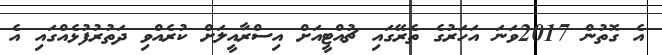
އެ ގޮތުން 2017ވަނަ އަހަރުގެ ތެރޭގައި ޗުއްޓީއަށް އިސްރާއީލަށް ކުރެއްވި ދަތުރުފުޅެއްގައި އެ